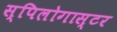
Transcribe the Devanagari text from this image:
स्पिलोगास्टर